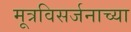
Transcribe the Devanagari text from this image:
मूत्रविसर्जनाच्या